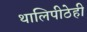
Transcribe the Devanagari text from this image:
थालिपीठेही